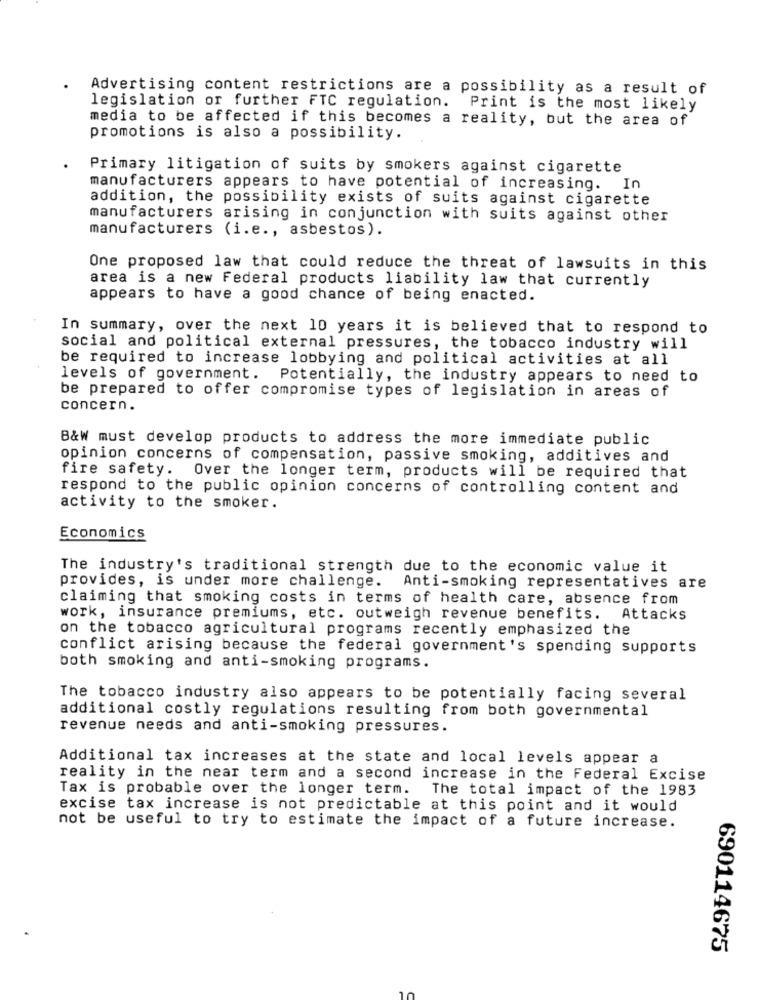
Advertising content restrictions are a possibility as a result of
legislation or further FTC regulation. Print is the most likely
media to be affected if this becomes a reality, but the area of
promotions is also a possibility.
Primary litigation of suits by smokers against cigarette
manufacturers appears to have potential of increasing. In
addition, the possibility exists of suits against cigarette
manufacturers arising in conjunction with suits against other
manufacturers (i.e ., asbestos).
One proposed law that could reduce the threat of lawsuits in this
area is a new Federal products liability law that currently
appears to have a good chance of being enacted.
In summary, over the next 10 years it is believed that to respond to
social and political external pressures, the tobacco industry will
be required to increase lobbying and political activities at all
levels of government. Potentially, the industry appears to need to
be prepared to offer compromise types of legislation in areas of
concern.
B&W must develop products to address the more immediate public
opinion concerns of compensation, passive smoking, additives and
fire safety. Over the longer term, products will be required that
respond to the public opinion concerns of controlling content and
activity to the smoker.
Economics
The industry's traditional strength due to the economic value it
provides, is under more challenge. Anti-smoking representatives are
claiming that smoking costs in terms of health care, absence from
work, insurance premiums, etc. outweigh revenue benefits. Attacks
on the tobacco agricultural programs recently emphasized the
conflict arising because the federal government's spending supports
both smoking and anti-smoking programs.
The tobacco industry also appears to be potentially facing several
additional costly regulations resulting from both governmental
revenue needs and anti-smoking pressures.
Additional tax increases at the state and local levels appear a
reality in the near term and a second increase in the Federal Excise
Tax is probable over the longer term.
The total impact of the 1983
excise tax increase is not predictable at this point and it would
not be useful to try to estimate the impact of a future increase.
690114675